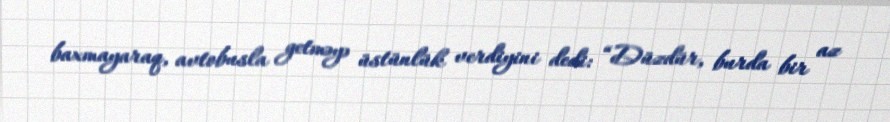
baxmayaraq, avtobusla getməyə üstünlük verdiyini dedi: “Düzdür, burda bir az